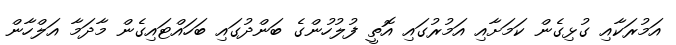
އަމުރަކާއި ގުޅިގެން ކަމަށާއި އަމުރުގައި އޮތީ ފުލުހުންގެ ބަންދުގައި ބަހައްޓައިގެން މާދަމާ އަލްހާން